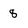
Character: 8